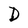
Character: D